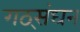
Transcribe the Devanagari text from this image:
गठ्संघन